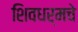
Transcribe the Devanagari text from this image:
शिवधर्मचे